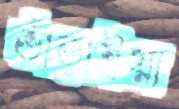
ভাঁড়াইয়া